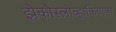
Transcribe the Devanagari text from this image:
झेकोस्लोव्हाकियाला